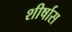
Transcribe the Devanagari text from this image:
शीर्षास